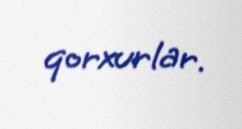
qorxurlar.